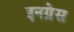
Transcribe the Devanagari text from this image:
इनग्रेस